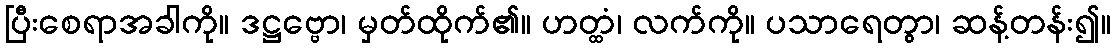
ပြီးစေရာအခါကို။ ဒဋ္ဌဗ္ဗော၊ မှတ်ထိုက်၏။ ဟတ္ထံ၊ လက်ကို။ ပသာရေတွာ၊ ဆန့်တန်း၍။